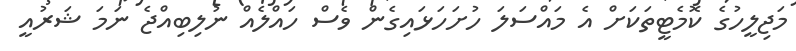
މަޖިލީހުގެ ކޮމެޓީތަކަށް އެ މައްސަލަ ހުށަހަޅައިގެން ވެސް ހައްލެއް ނުލިބިއްޖެ ނަމަ ޝަރުއީ